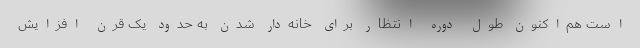
است هم‌اکنون طول دوره انتظار برای خانه‌دار شدن به حدود یک قرن افزایش